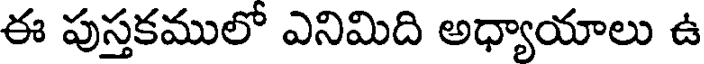
ఈ పుస్తకములో ఎనిమిది అధ్యాయాలు ఉ